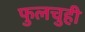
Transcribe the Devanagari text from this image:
फुलचुही